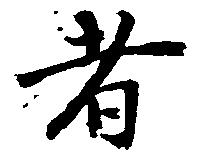
者